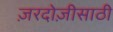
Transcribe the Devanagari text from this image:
ज़रदोज़ीसाठी